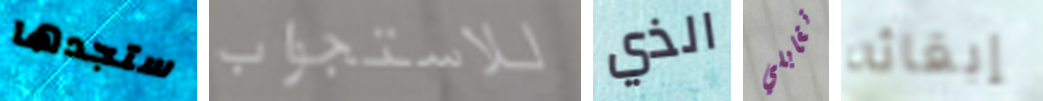
ستجدها للاستجواب الذي تقابلي إبقائه